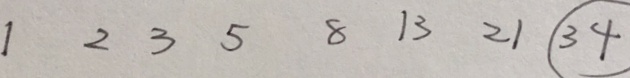
1 2 3 5 8 1 3 2 1 \textcircled { 3 4 }